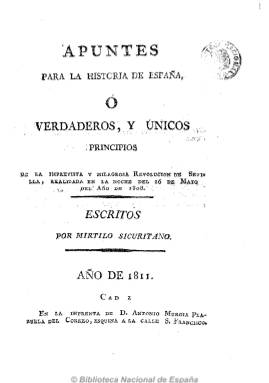
Título: Apuntes para la historia o Verdaderos y únicos principios de la imprevista y milagrosa revolución de Sevilla
Otros títulos: Verdaderos y únicos principios de la imprevista y milagrosa revolución de Sevilla || Apuntes para la historia de España o Verdaderos y únicos principios de la imprevista y milagrosa revolución de Sevilla, realizada en la noche del 26 de mayo del año de 1808
Colección: Historia
Ámbito geográfico: Cádiz
Lugar de publicación: Cádiz
Fechas: 01/01/1811-15/01/1811

Los “Apuntes para la Historia” son una serie de fascículos aparecidos en Cádiz en 1811 que narran pormenorizadamente y, desde la perspectiva revolucionaria, los sucesos más destacados de la sublevación sevillana contra los franceses en mayo de 1808. Su 2ª y 3ª edición aparecieron, aunque incompletas, en Madrid y Sevilla en 1814.

Firmados por Mirto Sicuritano, seudónimo de Nicolás Tapia y Nuñez de Rendón, en estos textos se hace un apasionado canto al patriotismo promonárquico fernandino, línea política que el escritor mantiene en otros periódicos locales contemporáneos como el “Diario de Juan Verdades”, “La Gazeta diaria de Londres en Sevilla” o “Los amigos de Vallesteros”.